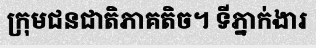
ក្រុមជនជាតិភាគតិច។ ទីភ្នាក់ងារ